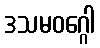
ဒသမဝဂ္ဂေါ